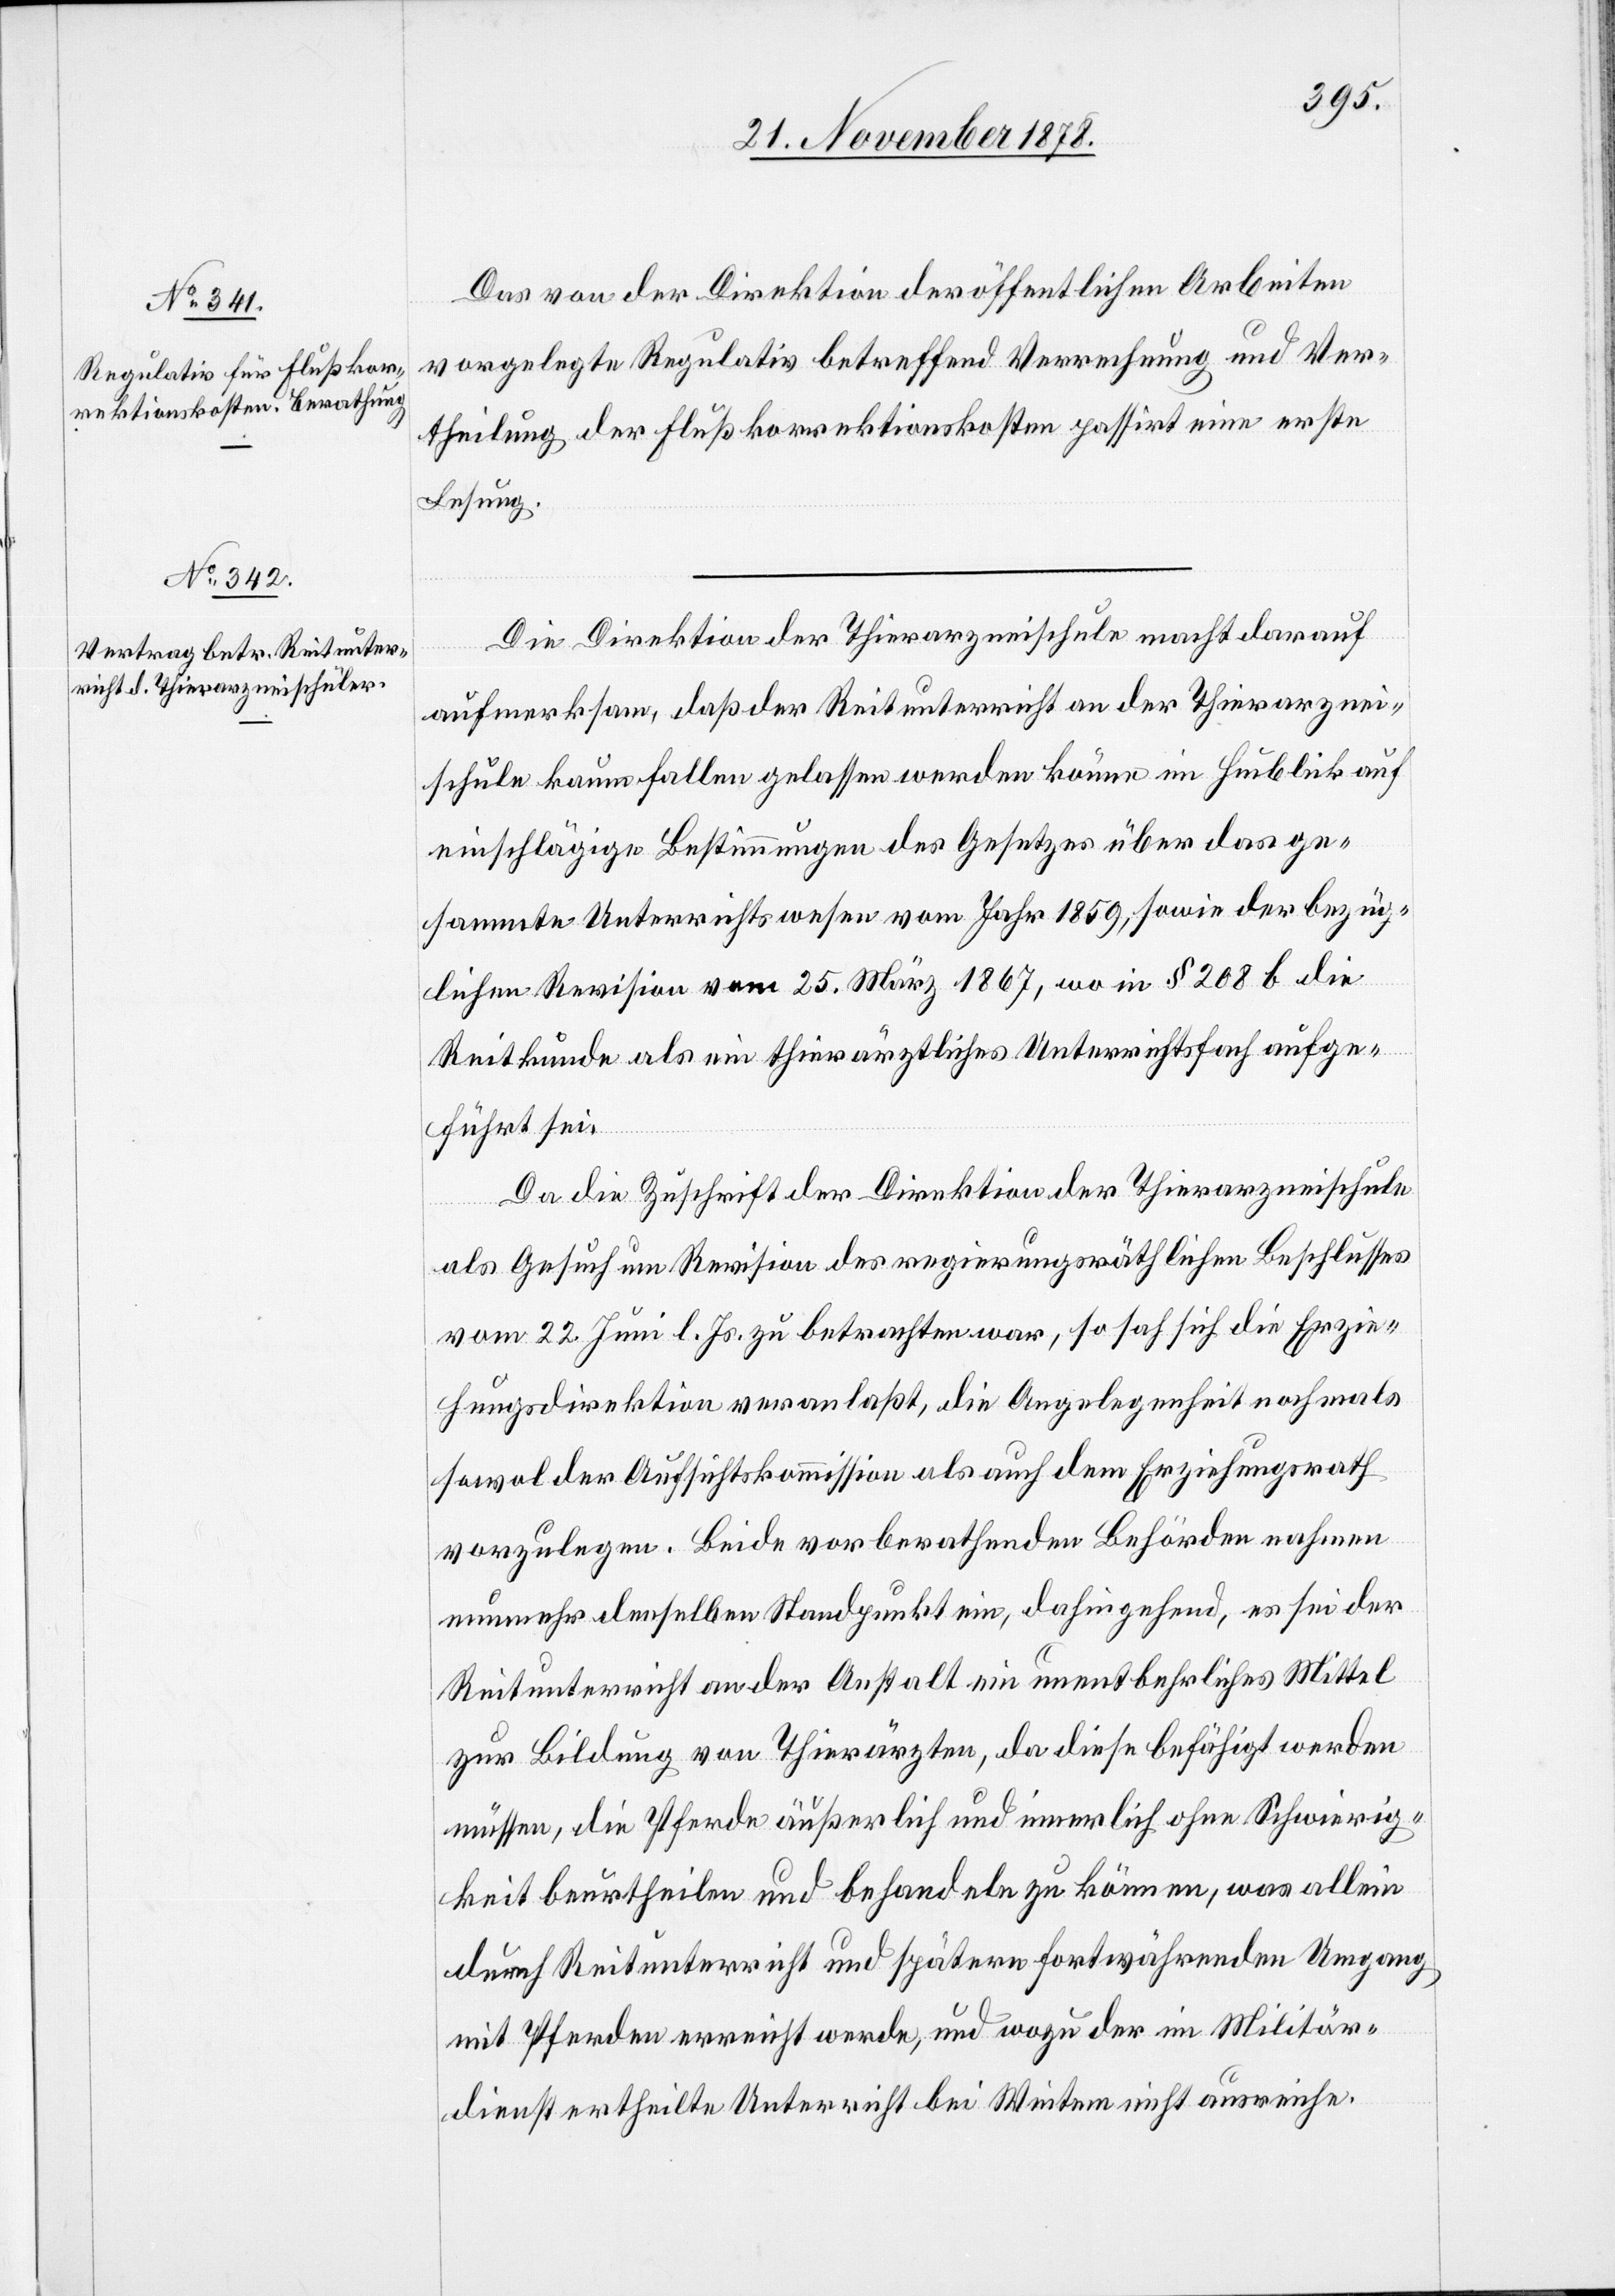
Das von der Direktion der öffentlichen Arbeiten
vorgelegte Regulativ betreffend Verrechnung und Ver¬
theilung der Flußkorrektionskosten passirt eine erste
Lesung.
Die Direktion der Thierarzneischule macht darauf
aufmerksam, daß der Reitunterricht an der Thierarznei¬
schule kaum fallen gelassen werden könne im Hinblick auf
einschlägige Bestimmungen des Gesetzes über das ge¬
sammte Unterrichtswesen vom Jahr 1859, sowie der bezüg¬
lichen Revision vom 25. März 1867, wo in § 208 b die
Reitkunde als ein thierärztliches Unterrichtsfach aufge¬
führt sei.
Da die Zuschrift der Direktion der Thierarzneischule
als Gesuch um Revision des regierungsräthlichen Beschlusses
vom 22. Juni l. Js. zu betrachten war, so sah sich die Erzie¬
hungsdirektion veranlaßt, die Angelegenheit nochmals
sowol der Aufsichtskommission als auch dem Erziehungsrath
vorzulegen. Beide vorberathenden Behörden nahmen
nunmehr denselben Standpunkt ein, dahingehend, es sei der
Reitunterricht an der Anstalt ein unentbehrliches Mittel
zur Bildung von Thierärzten, da diese befähigt werden
müssen, die Pferde äußerlich und innerlich ohne Schwierig¬
keit beurtheilen und behandeln zu können, was allein
durch Reitunterricht und spätern fortwährenden Umgang
mit Pferden erreicht werde, und wozu der im Militär¬
dienst ertheilte Unterricht bei Weitem nicht ausreiche.